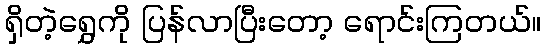
ရှိတဲ့ရွှေကို ပြန်လာပြီးတော့ ရောင်းကြတယ်။